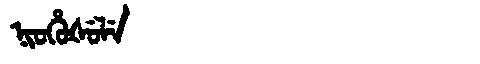
Manchu: ᠨᡳᠣᡥᡠᡧᡠᠯᡝ
Romanization: NIOHUŠULE